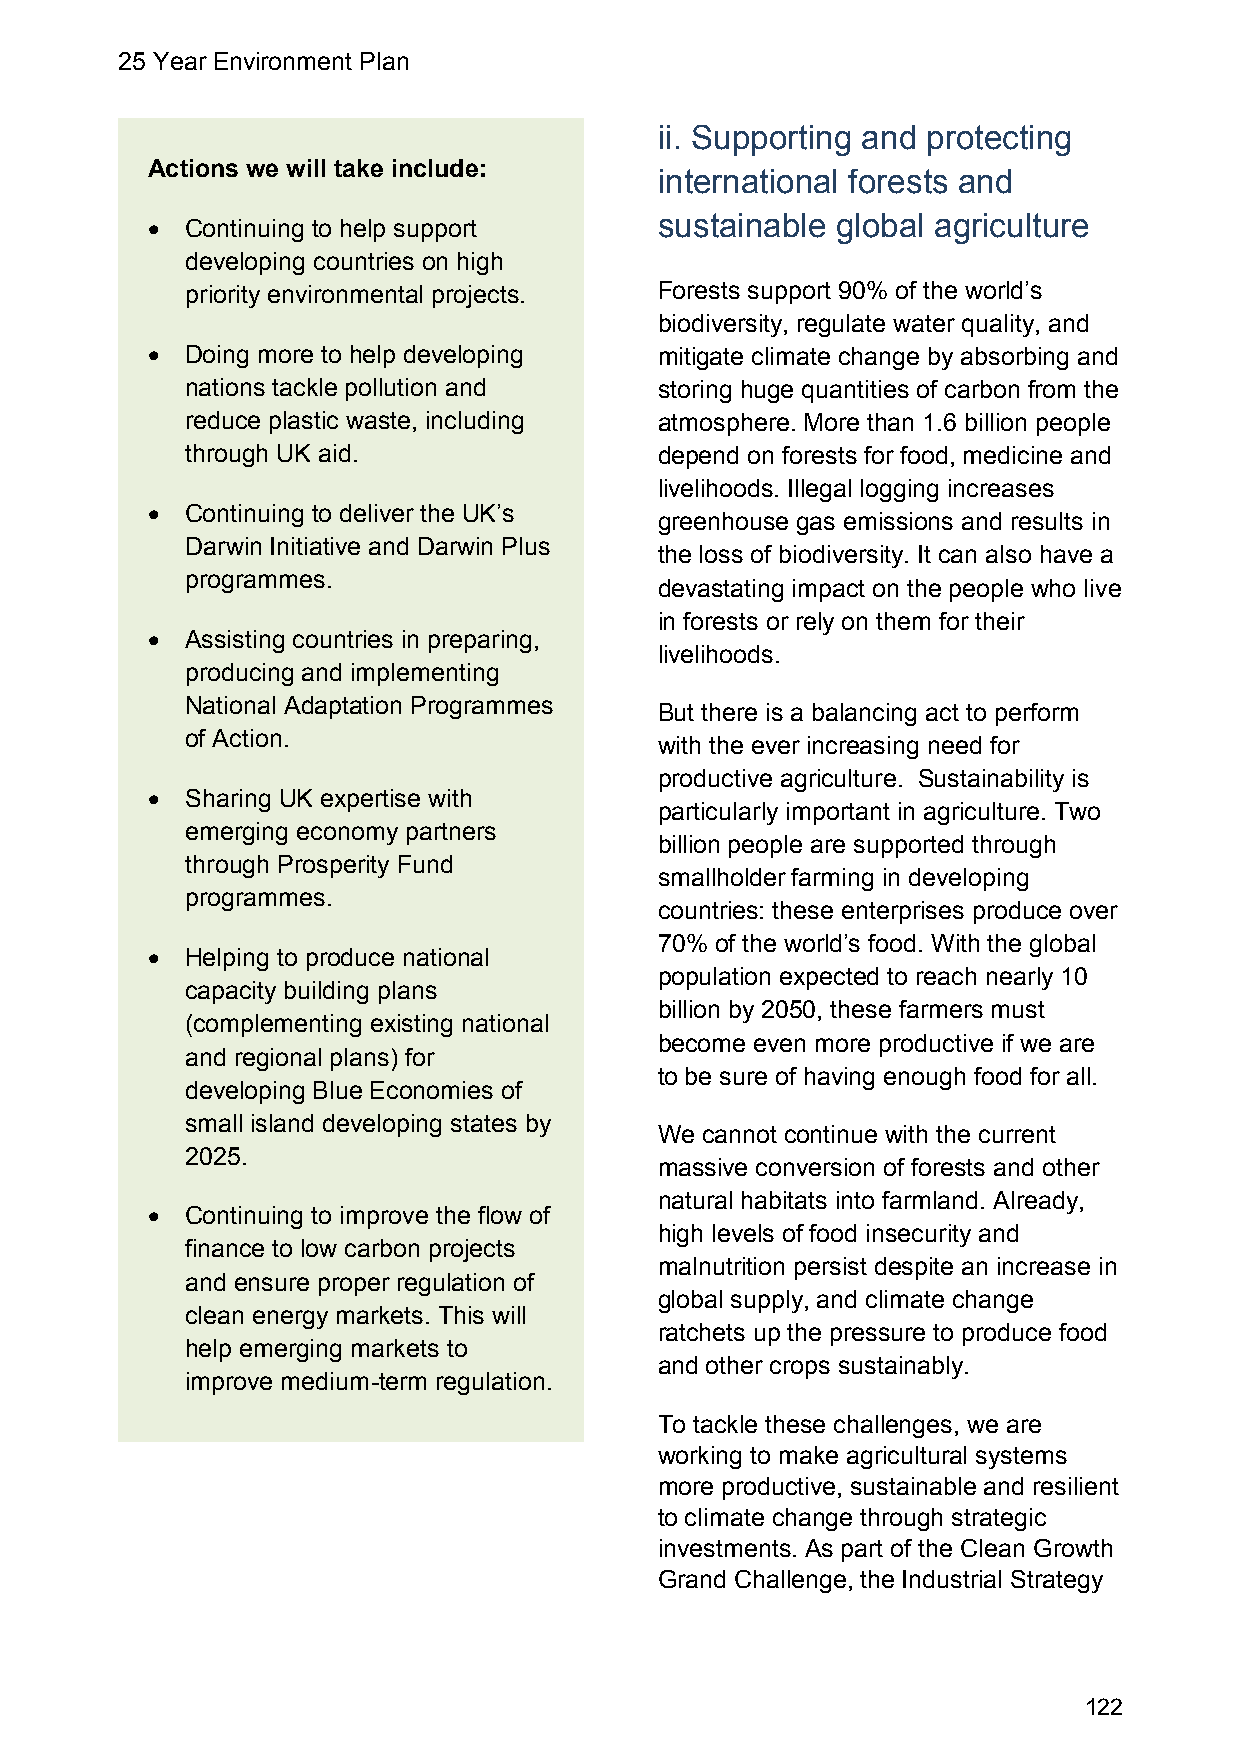
25 Year Environment Plan
 ii. Supporting and protecting
 Actions we will take include:
 international forests and
 sustainable global agriculture
  Continuing to help support
 developing countries on high
 priority environmental projects. Forests support 90% of the world’s
 biodiversity, regulate water quality, and
  Doing more to help developing   mitigate climate change by absorbing and
 nations tackle pollution and    storing huge quantities of carbon from the
 reduce plastic waste, including atmosphere. More than 1.6 billion people
 through UK aid.                 depend on forests for food, medicine and
 livelihoods. Illegal logging increases
  Continuing to deliver the UK’s
 greenhouse gas emissions and results in
 Darwin Initiative and Darwin Plus
 the loss of biodiversity. It can also have a
 programmes.
 devastating impact on the people who live
 in forests or rely on them for their
  Assisting countries in preparing,
 livelihoods.
 producing and implementing
 National Adaptation Programmes
 But there is a balancing act to perform
 of Action.
 with the ever increasing need for
 productive agriculture. Sustainability is
  Sharing UK expertise with
 particularly important in agriculture. Two
 emerging economy partners
 billion people are supported through
 through Prosperity Fund
 smallholder farming in developing
 programmes.
 countries: these enterprises produce over
 70% of the world’s food. With the global
  Helping to produce national
 population expected to reach nearly 10
 capacity building plans
 billion by 2050, these farmers must
 (complementing existing national
 become even more productive if we are
 and regional plans) for
 to be sure of having enough food for all.
 developing Blue Economies of
 small island developing states by
 We cannot continue with the current
 2025.
 massive conversion of forests and other
 natural habitats into farmland. Already,
  Continuing to improve the flow of
 high levels of food insecurity and
 finance to low carbon projects
 malnutrition persist despite an increase in
 and ensure proper regulation of
 global supply, and climate change
 clean energy markets. This will
 ratchets up the pressure to produce food
 help emerging markets to
 and other crops sustainably.
 improve medium-term regulation.
 To tackle these challenges, we are
 working to make agricultural systems
 more productive, sustainable and resilient
 to climate change through strategic
 investments. As part of the Clean Growth
 Grand Challenge, the Industrial Strategy
 122